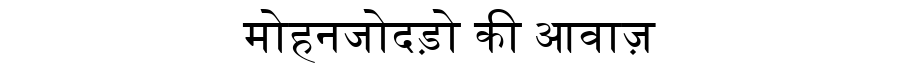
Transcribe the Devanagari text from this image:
मोहनजोदड़ो की आवाज़